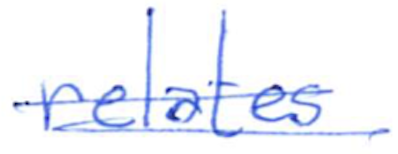
Text: relates
Cross-out: double-line
Writing tool: ballpoint